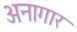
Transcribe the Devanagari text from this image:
अनागार